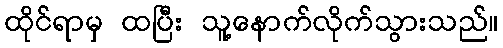
ထိုင်ရာမှ ထပြီး သူ့နောက်လိုက်သွားသည်။